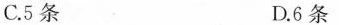
C.5条 D.6条